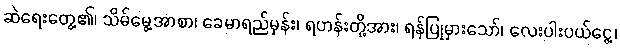
ဆဲရေးတွေ့၏၊ သိမ်မွေ့အာစာ၊ ခေမာရည်မှန်း၊ ရဟန်းတို့အား၊ ရန်ပြုမှားသော်၊ လေးပါးပယ်ငွေ့၊